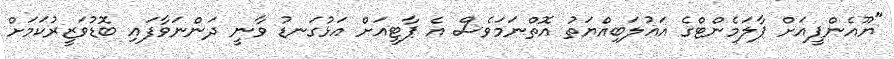
"ޔޫއެންޕީއަށް ޕާލަމެންޓްގެ އަޣުލަބިއްޔަތު އޮތްނަމަވެސް އެ ޕާޓީއަށް އަޅުގަނޑު ވާނީ ދަންނަވާފައި ބޮޑުވަޒީރުކަމަށް